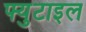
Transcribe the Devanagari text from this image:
फ्युटाइल